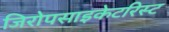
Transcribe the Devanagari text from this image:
जिरोपसाइकेटरिस्ट